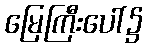
မြေကြီးပေါ်၌